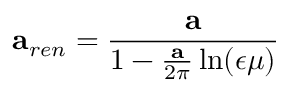
{ \bf a } _ { r e n } = { \frac { \bf a } { 1 - { \frac { \bf a } { 2 \pi } } \ln ( { \epsilon \mu } ) } }